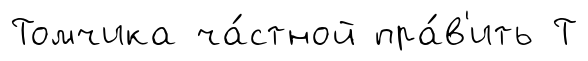
Томчика ча́стной пра́в'ить Т